Document type: Sale
Year: 1499
Scribe: Joan Martínez de Sòria
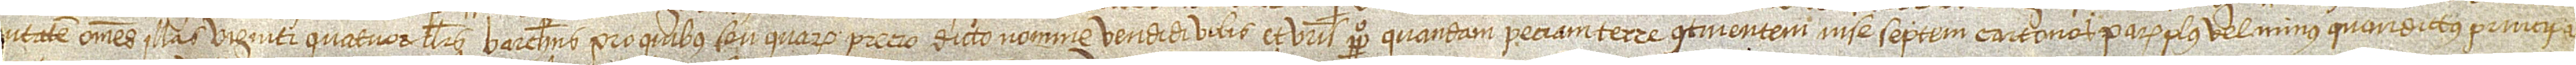
ntatem omnes illas viginti quatuor libras barchinonenses, pro quibus seu quarum precio dicto nomine vendidi vobis et vestris perpetuo quandam peciam terre continentem in se septem cartonos parum plus vel minus quam dictus principa-